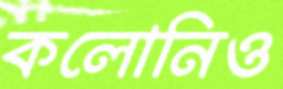
কলোনিও